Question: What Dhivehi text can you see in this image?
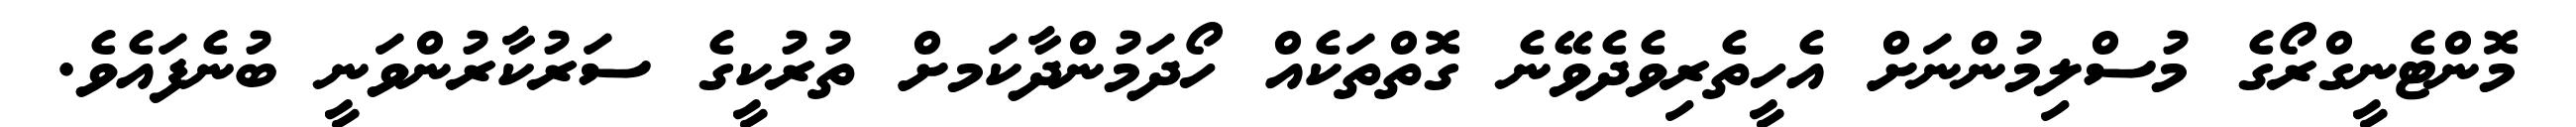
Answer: މޮންޓެނީގްރޯގެ މުސްލިމުންނަށް އެހީތެރިވެދެވޭނެ ގޮތްތަކެއް ހޯދަމުންދާކަމށް ތުރުކީގެ ސަރުކާރުންވަނީ ބުނެފައެވެ.